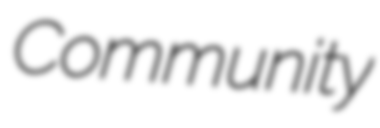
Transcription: Community